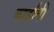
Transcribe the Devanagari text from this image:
कार्डांनी